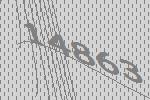
14863